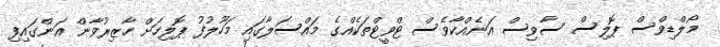
މޯލްޑިވްސް ޕޮލިސް ސާވިސް އަނެއްކާވެސް ޓްވީޓްތަކެއްގެ މައްސަލާގައި މަހޫލުފު ޕޮލިހަށް ހާޒިރުވާން އަންގައިފި